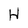
Character: H